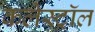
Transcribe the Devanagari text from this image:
कलेस्ट्रॉल